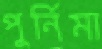
পুর্নিমা